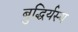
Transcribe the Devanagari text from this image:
बुद्धिर्यस्य